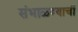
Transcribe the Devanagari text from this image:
संभाळण्याची